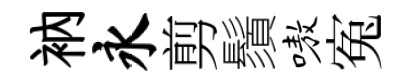
衲永剪鬚嗷寃